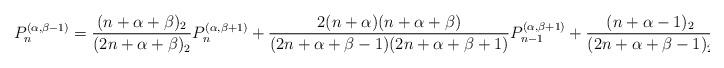
LaTeX: \begin{align*} P_{n}^{(\alpha,\beta-1)} = \frac{(n+\alpha+\beta)_2}{(2n+\alpha+\beta)_2}P_n^{(\alpha,\beta+1)} +\frac{2(n+\alpha)(n+\alpha+\beta)} {(2n+\alpha+\beta-1)(2n+\alpha+\beta+1)} P_{n-1}^{(\alpha,\beta+1)} +\frac{(n+\alpha-1)_2}{(2n+\alpha+\beta-1)_2}P_{n-2}^{(\alpha,\beta+1)}. \end{align*}